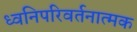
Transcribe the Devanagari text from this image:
ध्वनिपरिवर्तनात्मक